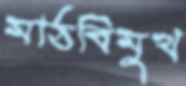
মাঠবিমুখ